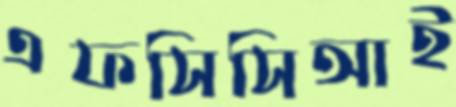
এফসিসিআই